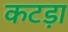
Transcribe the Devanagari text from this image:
कटड़ा